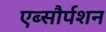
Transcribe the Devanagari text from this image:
एब्सौर्पशन